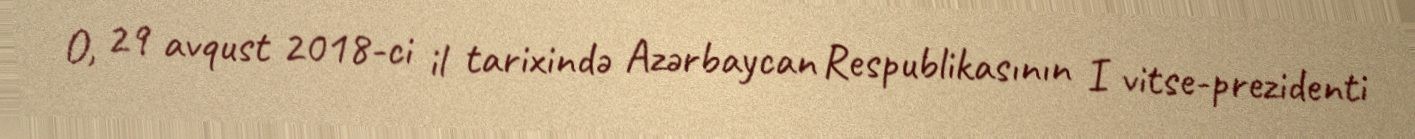
O, 29 avqust 2018-ci il tarixində Azərbaycan Respublikasının I vitse-prezidenti